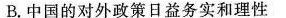
B.中国的对外政策日益务实和理性